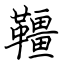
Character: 韁